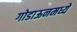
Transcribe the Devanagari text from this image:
गोडाऊनमध्ये